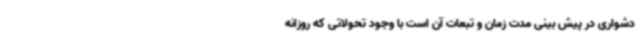
دشواری در پیش بینی مدت زمان و تبعات آن است با وجود تحولاتی که روزانه